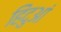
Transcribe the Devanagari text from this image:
हिंदुआं